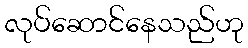
လုပ်ဆောင်နေသည်ဟု